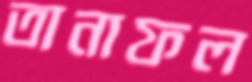
তানাফল